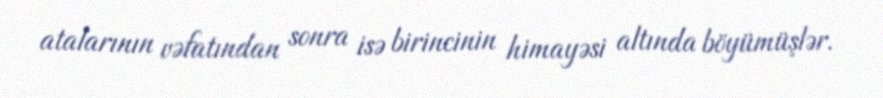
atalarının vəfatından sonra isə birincinin himayəsi altında böyümüşlər.